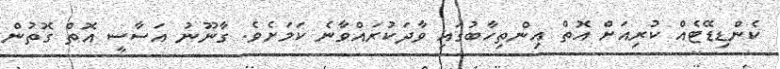
ކެންޑިޑޭޓެއް ކުރިއަށް އޮތް އިންތިހާބުގައި ވާދަކުރައްވާނެ ކަަމަށެވެ. ގާނޫނު އަސާސީ އޮތް ގޮތުން